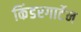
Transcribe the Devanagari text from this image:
किंडरगार्टेन